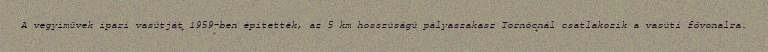
A vegyiművek ipari vasútját 1959-ben építették, az 5 km hosszúságú pályaszakasz Tornócnál csatlakozik a vasúti fővonalra.